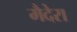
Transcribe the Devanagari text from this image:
मैदेरा